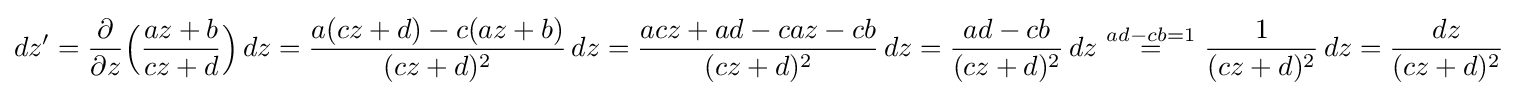
dz'={\frac {\partial }{\partial z}}{\Big (}{\frac {az+b}{cz+d}}{\Big )}\,dz={\frac {a(cz+d)-c(az+b)}{(cz+d)^{2}}}\,dz={\frac {acz+ad-caz-cb}{(cz+d)^{2}}}\,dz={\frac {ad-cb}{(cz+d)^{2}}}\,dz\,\,{\overset {ad-cb=1}{=}}\,\,{\frac {1}{(cz+d)^{2}}}\,dz={\frac {dz}{(cz+d)^{2}}}